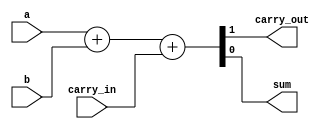
module full_adder_1bit(
	input a, b, 
	input carry_in,
	output carry_out, 
	output sum
);

assign{carry_out, sum} = a + b + carry_in;

endmodule